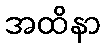
အထိနာ